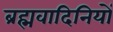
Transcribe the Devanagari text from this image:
ब्रह्मवादिनियों